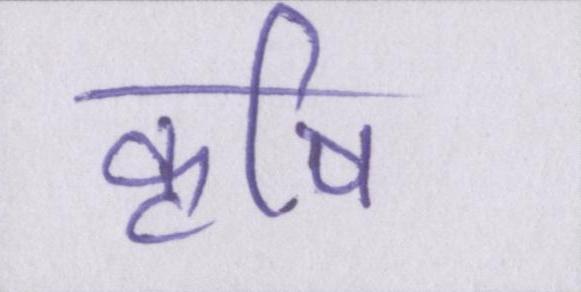
कॄषि